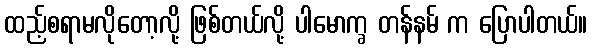
ထည့်စရာမလိုတော့လို့ ဖြစ်တယ်လို့ ပါမောက္ခ တန်နမ် က ပြောပါတယ်။